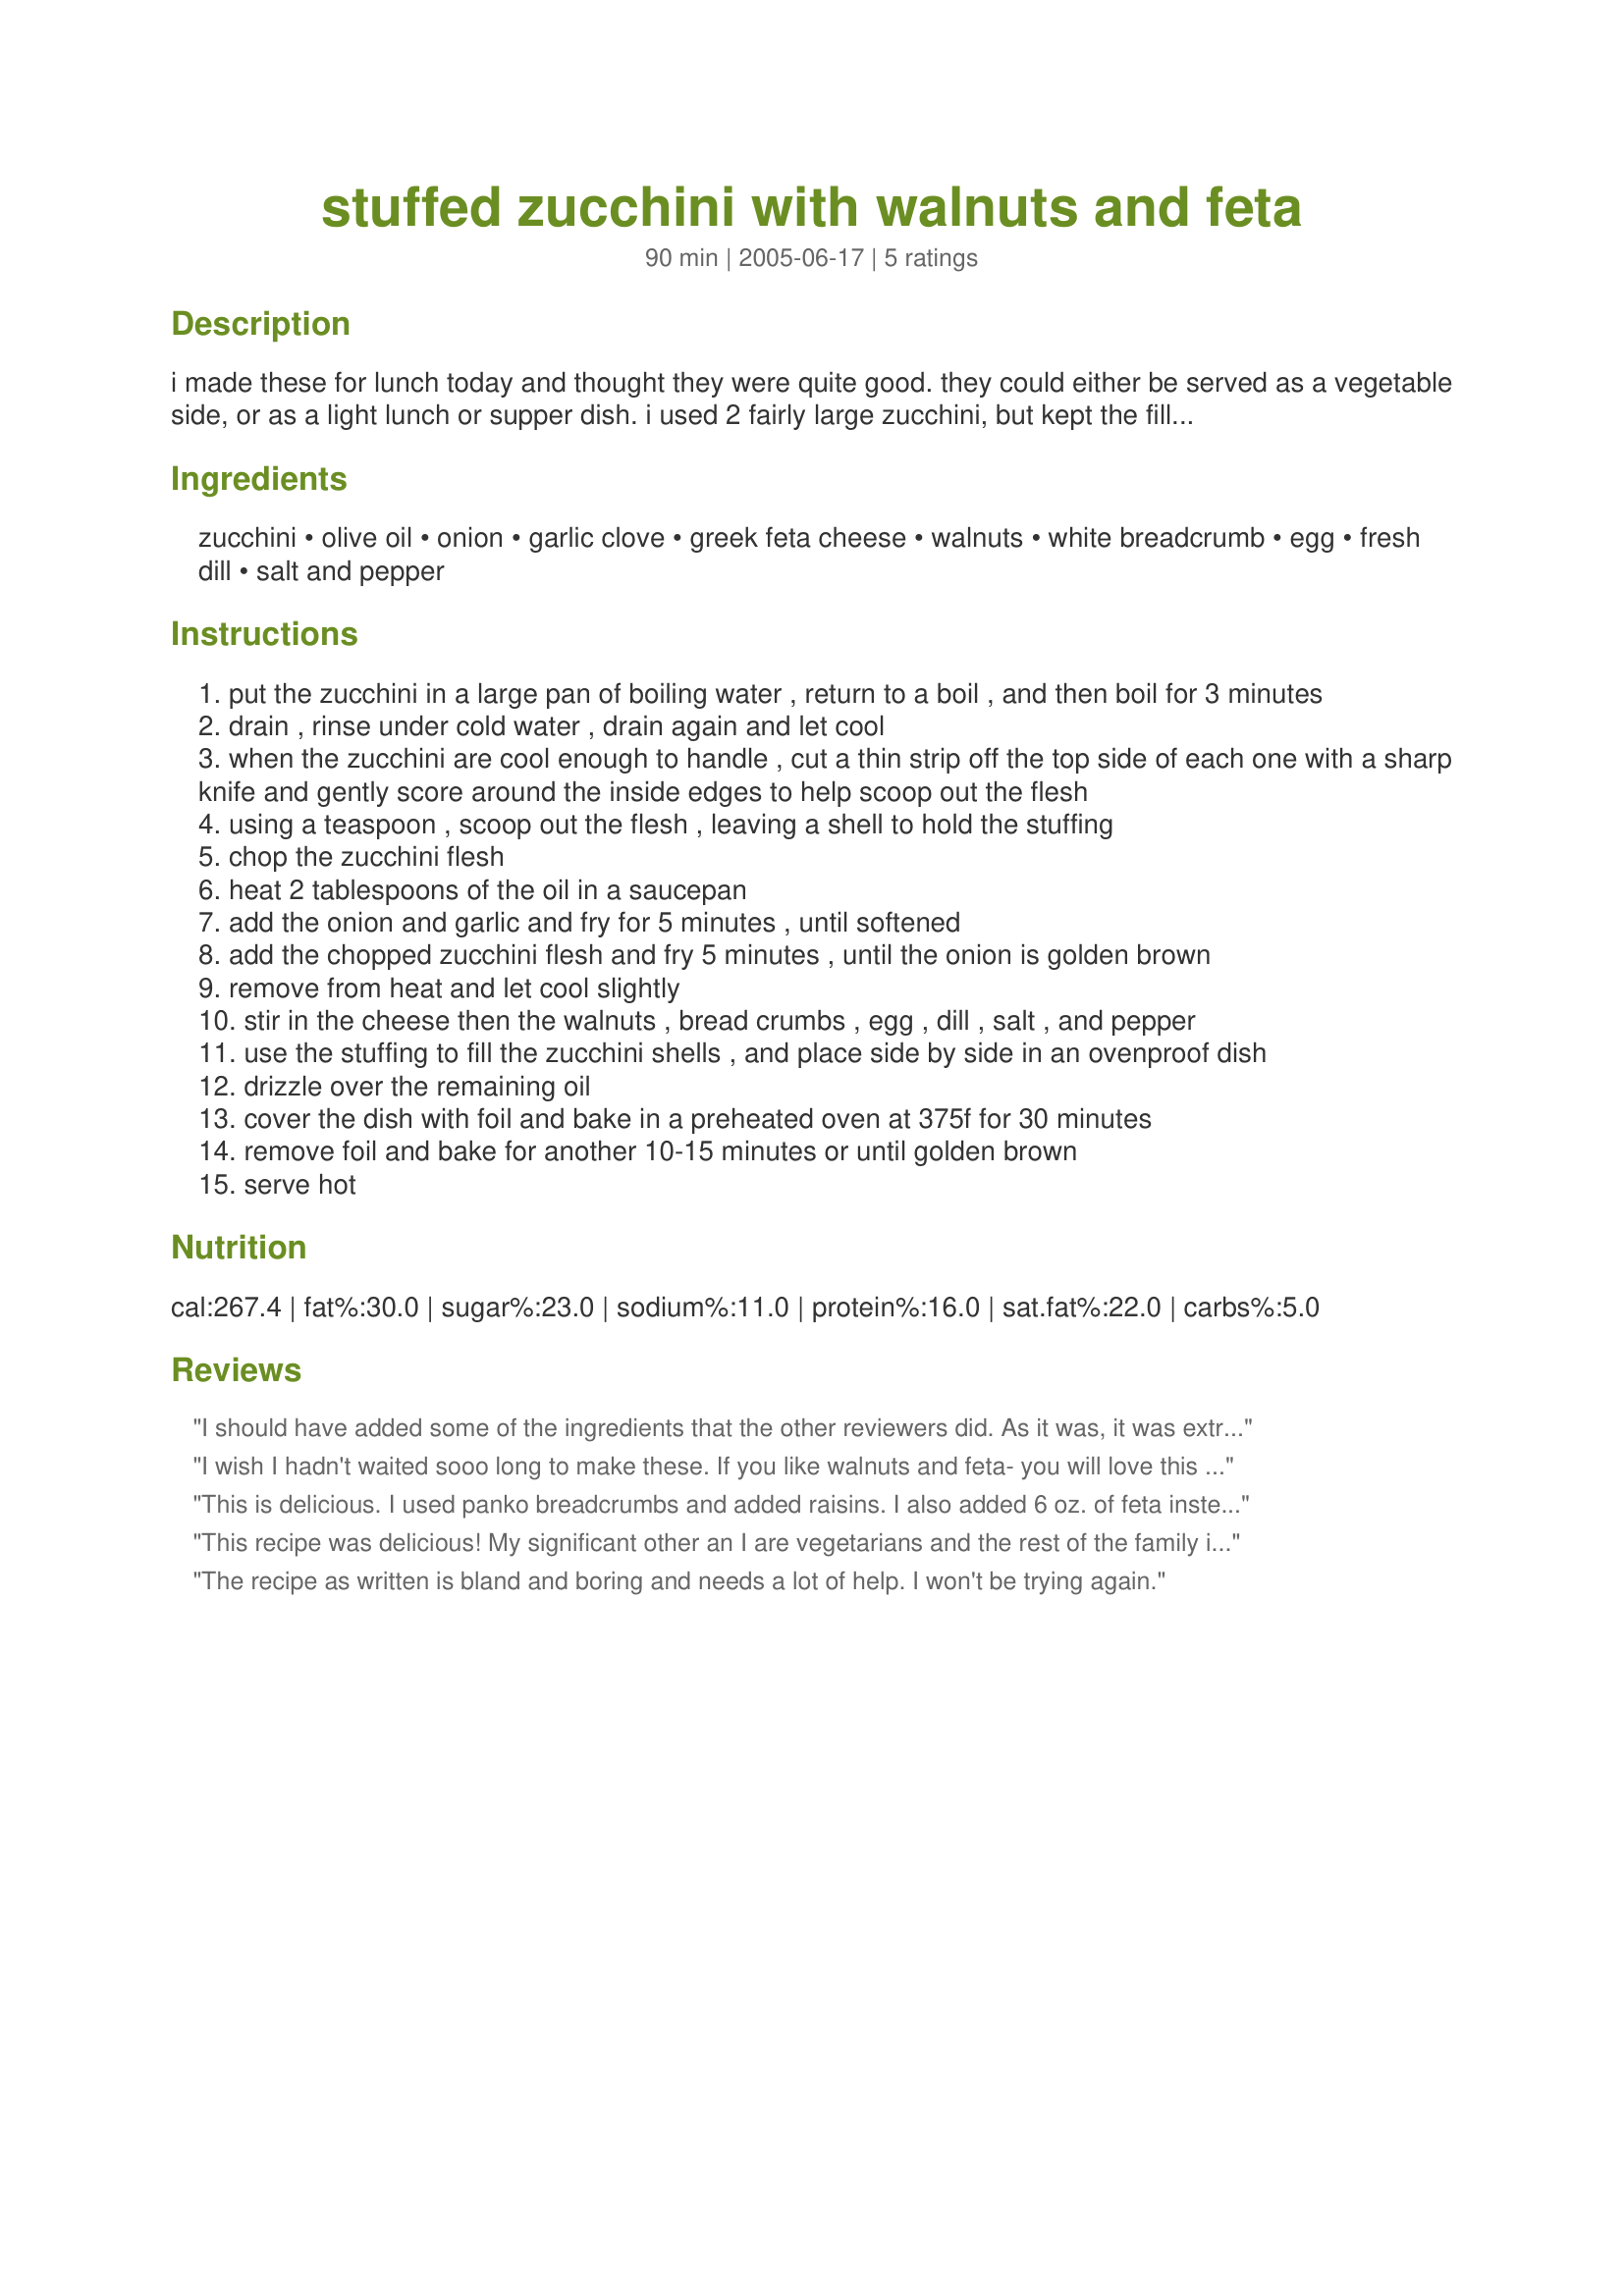
stuffed zucchini with walnuts and feta
Preparation time: 90 minutes

i made these for lunch today and thought they were quite good. they could either be served as a vegetable side, or as a light lunch or supper dish. i used 2 fairly large zucchini, but kept the filling ingredients in the amounts listed. the recipe is from a book about greek food.

Ingredients:
zucchini, olive oil, onion, garlic clove, greek feta cheese, walnuts, white breadcrumb, egg, fresh dill, salt and pepper

Steps:
put the zucchini in a large pan of boiling water , return to a boil , and then boil for 3 minutes
drain , rinse under cold water , drain again and let cool
when the zucchini are cool enough to handle , cut a thin strip off the top side of each one with a sharp knife and gently score around the inside edges to help scoop out the flesh
using a teaspoon , scoop out the flesh , leaving a shell to hold the stuffing
chop the zucchini flesh
heat 2 tablespoons of the oil in a saucepan
add the onion and garlic and fry for 5 minutes , until softened
add the chopped zucchini flesh and fry 5 minutes , until the onion is golden brown
remove from heat and let cool slightly
stir in the cheese then the walnuts , bread crumbs , egg , dill , salt , and pepper
use the stuffing to fill the zucchini shells , and place side by side in an ovenproof dish
drizzle over the remaining oil
cover the dish with foil and bake in a preheated oven at 375f for 30 minutes
remove foil and bake for another 10-15 minutes or until golden brown
serve hot

Reviews:
I should have added some of the ingredients that the other reviewers did. As it was, it was extremely bland. I did use dried dill (didn't have fresh) but I put in almost a whoe teaspoon. I think it could use some hot sauce or cayenne pepper or something. But it was very summery, and we did get our veggies.
I wish I hadn't waited sooo long to make these. If you like walnuts and feta- you will love this dish. Really good! I had to use dry breadcrumbs so I added a few tablespoons of mayo to replace the moisture. Succulent! Sprinkled some parmesagn over the top and broiled. Crunchy on the outside and creamy inside. Don't miss out! Make this dish to use up all that squash crawling out of your gardens this summer.
This is delicious. I used panko breadcrumbs and added raisins. I also added 6 oz. of feta instead of 2. I covered the zucchini with the three cheese spaghetti sauce from Trader Joe's and baked the dish in the oven covered in tin foil for 30 minutes. I then uncovered the dish and baked it for an additional 10 minutes. This freezes well too!
This recipe was delicious! My significant other an I are vegetarians and the rest of the family is not, so when we were invited to a BBQ, I decided to make this so we would have something to eat. Luckily, we were able to eat our fill, but the whole tray was gone because the carnivores loved it too!
The recipe as written is bland and boring and needs a lot of help. I won't be trying again.
